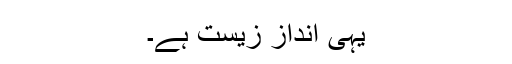
یہی انداز زیست ہے۔